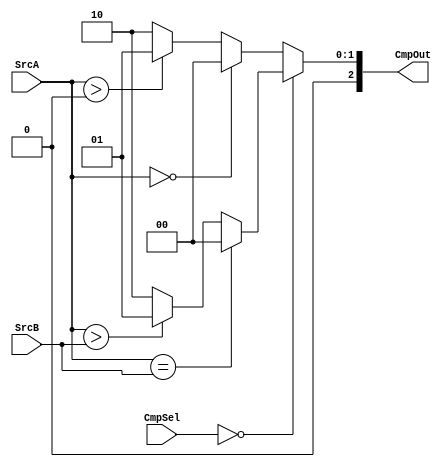
`timescale 1ns / 1ps
//////////////////////////////////////////////////////////////////////////////////
// Company: 
// Engineer: 
// 
// Design Name: 
// Module Name:    Compare 
// Project Name: 
// Target Devices: 
// Tool versions: 
// Description: 
//
// Dependencies: 
//
// Revision: 
// Revision 0.01 - File Created
// Additional Comments: 
//
//////////////////////////////////////////////////////////////////////////////////
module Compare(
	input [31:0] SrcA,
	input [31:0] SrcB,
	input [2:0] CmpSel,
	output reg [2:0] CmpOut
    );
	always@(*)begin
		if(CmpSel==0)begin
			CmpOut=(SrcA==SrcB)?0:
					 ($signed(SrcA)>$signed(SrcB))?1:2;
		end
		else begin
			CmpOut=(SrcA==0)?0:
					 ($signed(SrcA)>0)?1:2;
		end
	end

endmodule